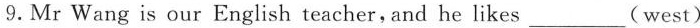
9. Mr Wang is our English teacher, and he likes___(west)